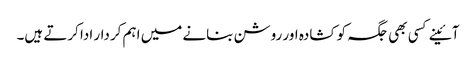
آئینے کسی بھی جگہ کو کشادہ اور روشن بنانے میں اہم کردار ادا کرتے ہیں۔